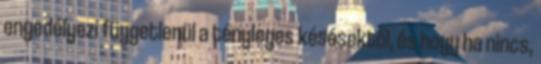
engedélyezi függetlenül a tényleges késésektől, és hogy ha nincs,